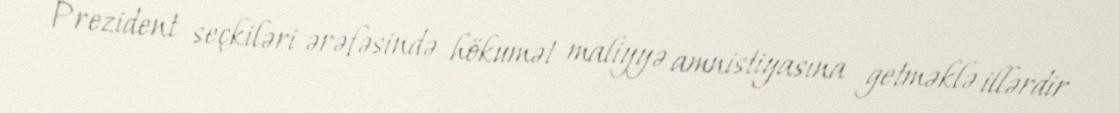
Prezident seçkiləri ərəfəsində hökumət maliyyə amnistiyasına getməklə illərdir